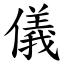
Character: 儀